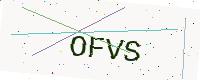
Text: OFVS